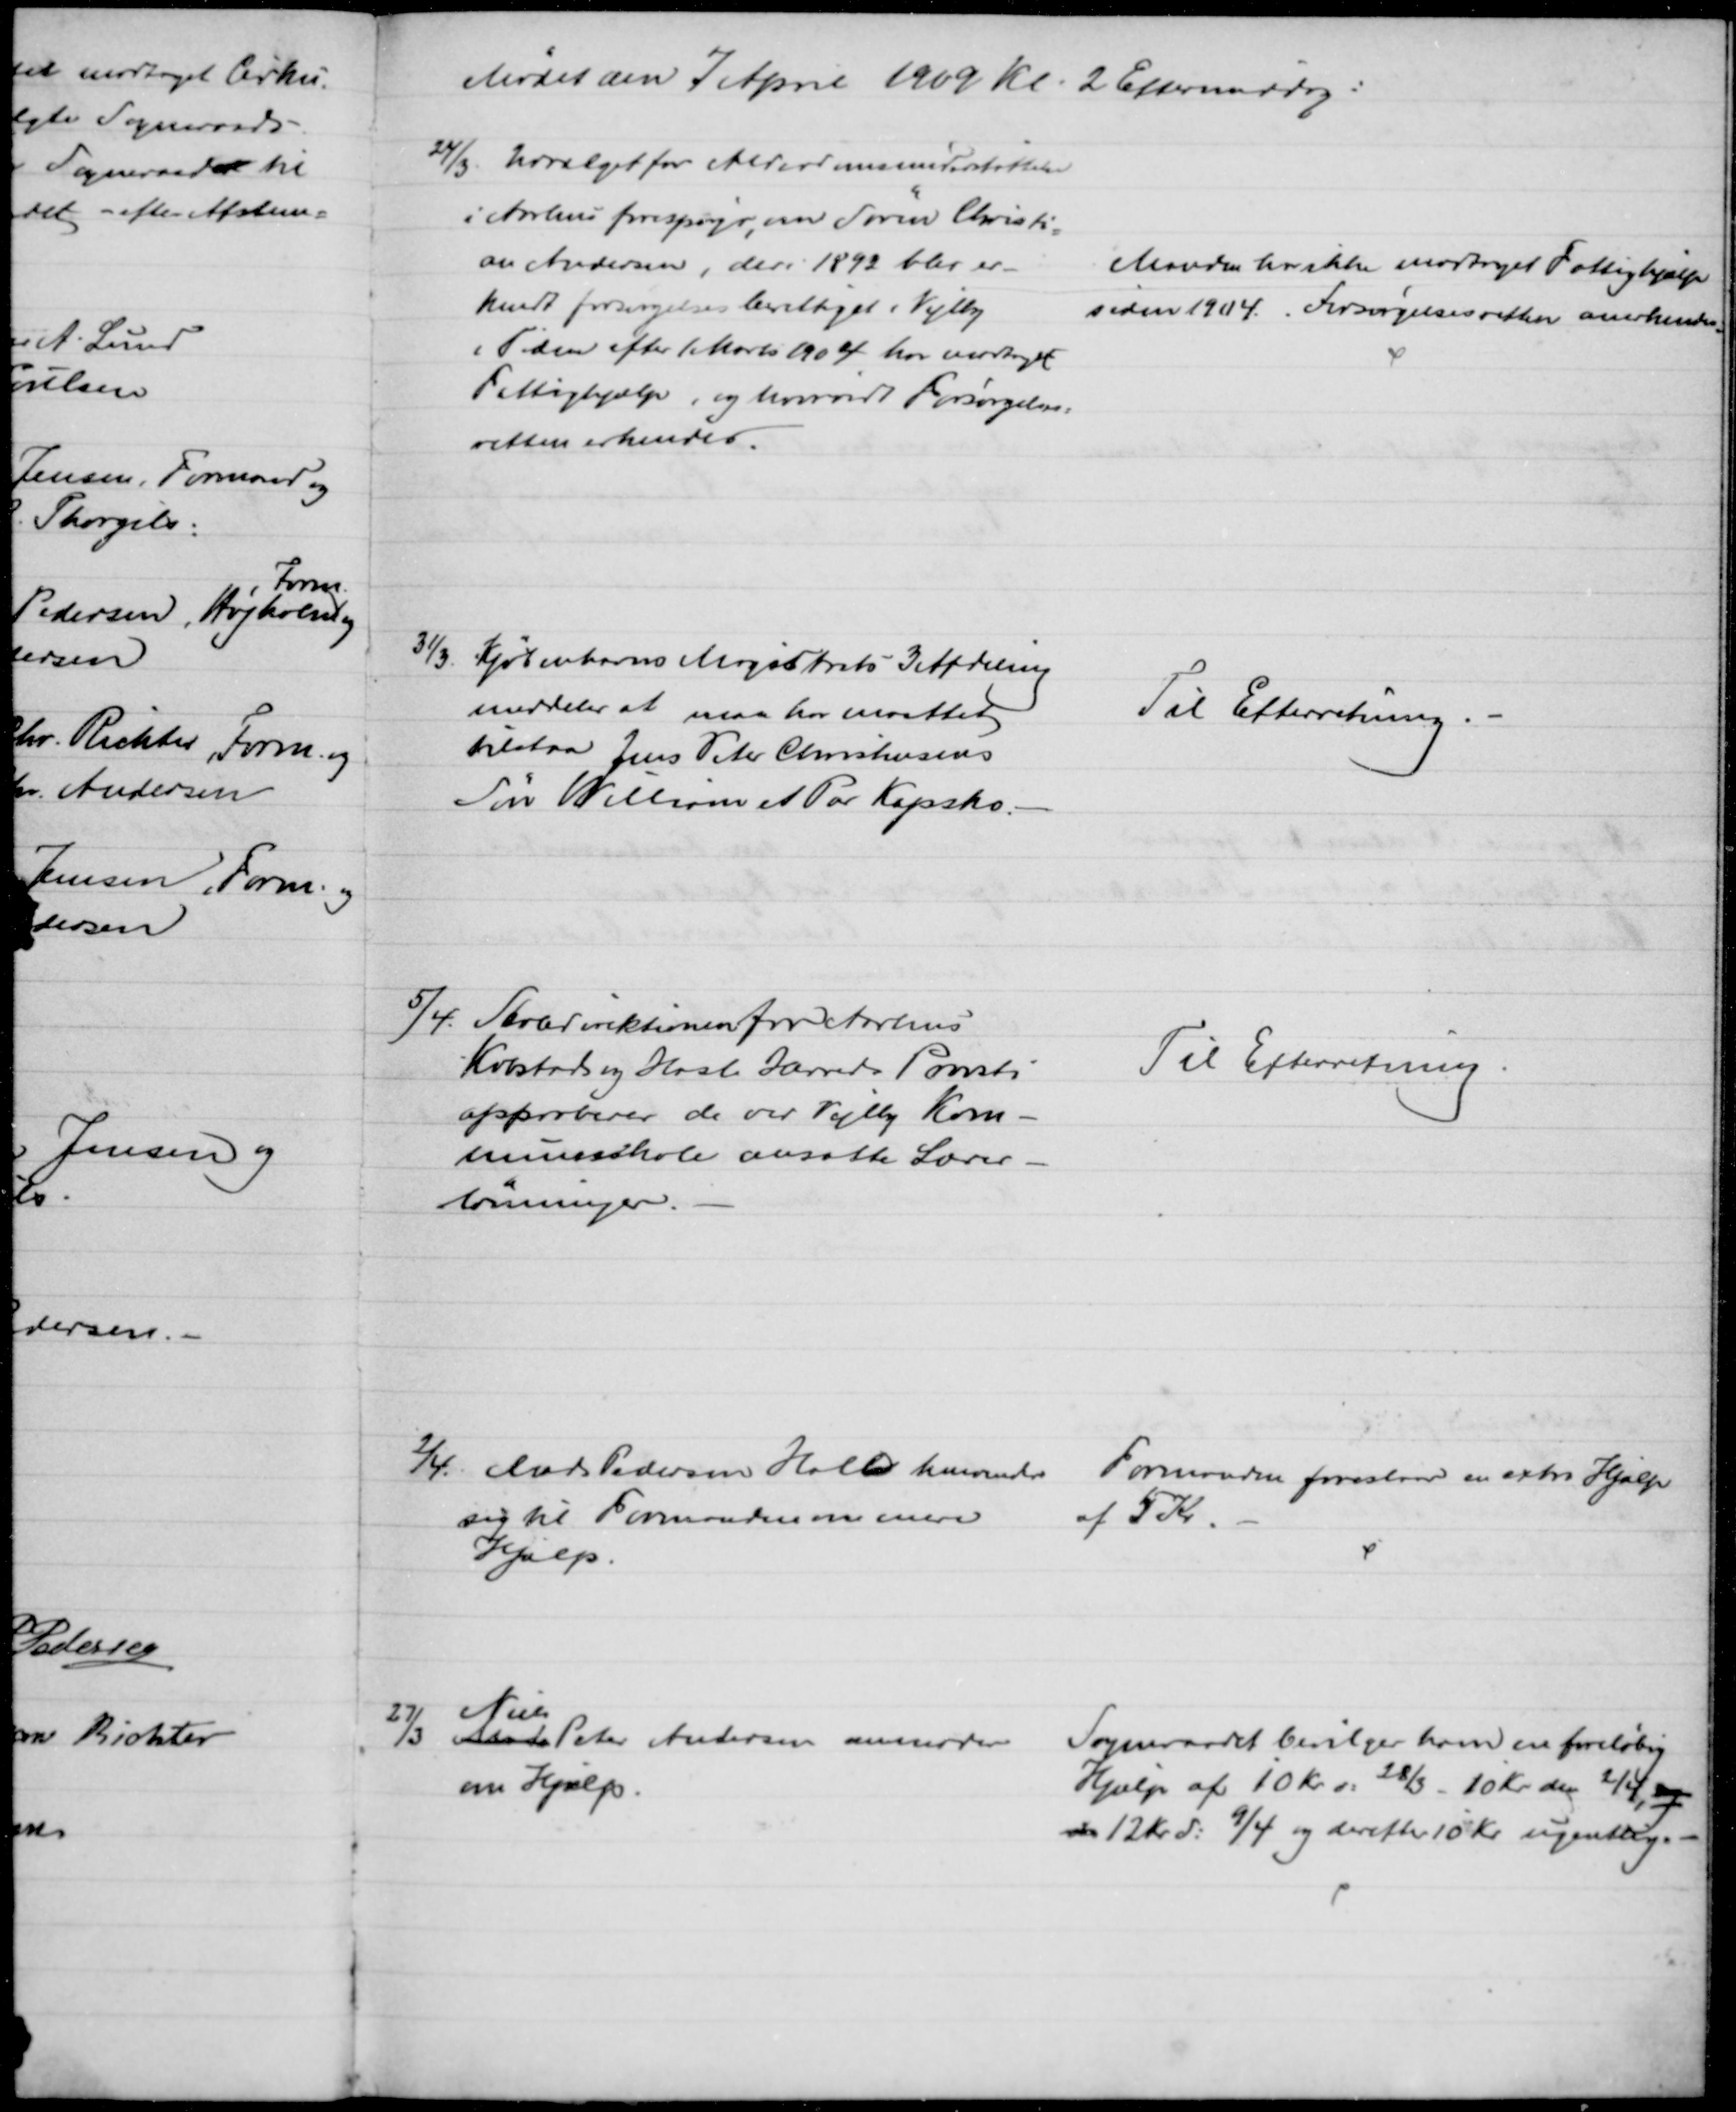
Transskription:
Mødet den 7 April 1909 Kl. 2 Eftermiddag:
24/3. Udvalget for Alderdomsunderstøttelse
i Aarhus forespørger, om Søren Christi-
an Andersen, der i 1892 blev er-
kendt forsørgelsesberettiget i Vejlby
i Tiden efter 1 Marts 1904 har modtaget
Fattighjælp, og hvorvidt Forsørgelses-
retten erkendes.
Manden har ikke modtaget Fattighjælp
siden 1904. Forsørgelsesretten anerkendes.
31/3. Kjøbenhavns Magistrats 3 Afdeling
meddeler at man har maattet
tilstaa Jens Peter Christensens
Søn William et Par Kapsko.
Til Efterretning.
5/4. Skoledirektionen for Aarhus
Købstads og Hasle Herreds Porvsti
approberer de ved Vejlby Kom-
muneskole ansatte Lærer-
lønninger.
Til Efterretning.
2/4. Mads Pedersen Hall henvender
sig til Formanden om mere
Hjælp.
Formanden foreslaar en extra Hjælp
af 5 Kr.
27/3 Mads 
Niels
Peter Andersen anmoder 
om Hjælp.
Sogneraadet bevilger ham en foreløbig
Hjælp af 10 Kr d: 28/3 - 10 Kr. den 2/4, og
d 12 Kr d: 9/4 og derefter 10 Kr ugentlig.